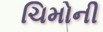
ચિમોની